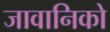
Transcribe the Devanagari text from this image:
जावानिको